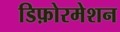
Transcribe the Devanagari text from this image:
डिफ़ोरमेशन